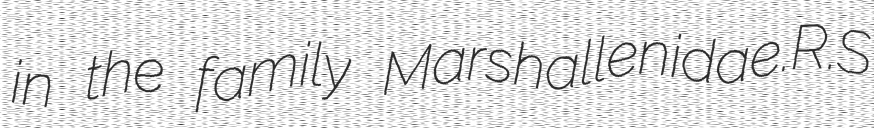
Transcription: in the family Marshallenidae.R.S